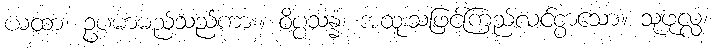
ယထာ၊ ဥပမာမည်သည်ကား။ ဝိပ္ပသန္နံ၊ အထူးသဖြင့်ကြည်လင်စွာသော။ သုဖုလ္လံ၊